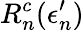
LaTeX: R_{n}^{c}(\epsilon_{n}^{\prime})